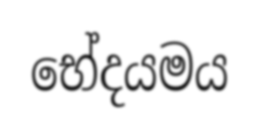
භේදයමය